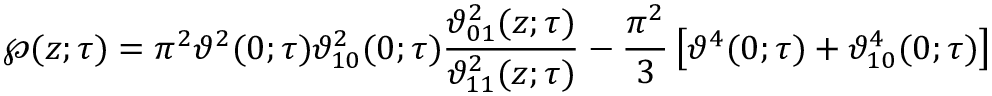
\wp ( z ; \tau ) = \pi ^ { 2 } \vartheta ^ { 2 } ( 0 ; \tau ) \vartheta _ { 1 0 } ^ { 2 } ( 0 ; \tau ) { \frac { \vartheta _ { 0 1 } ^ { 2 } ( z ; \tau ) } { \vartheta _ { 1 1 } ^ { 2 } ( z ; \tau ) } } - { \frac { \pi ^ { 2 } } { 3 } } \left[ \vartheta ^ { 4 } ( 0 ; \tau ) + \vartheta _ { 1 0 } ^ { 4 } ( 0 ; \tau ) \right]